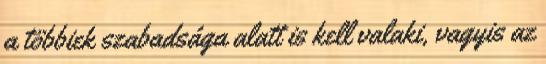
a többiek szabadsága alatt is kell valaki, vagyis az